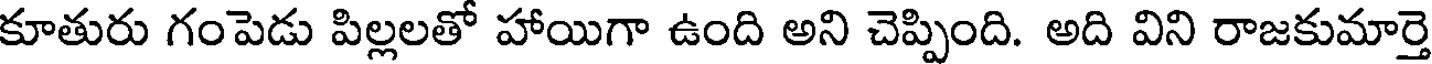
కూతురు గంపెడు పిల్లలతో హాయిగా ఉంది అని చెప్పింది. అది విని రాజకుమార్తె